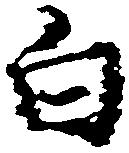
白